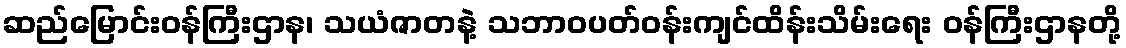
ဆည်မြောင်းဝန်ကြီးဌာန၊ သယံဇာတနဲ့ သဘာဝပတ်ဝန်းကျင်ထိန်းသိမ်းရေး ဝန်ကြီးဌာနတို့